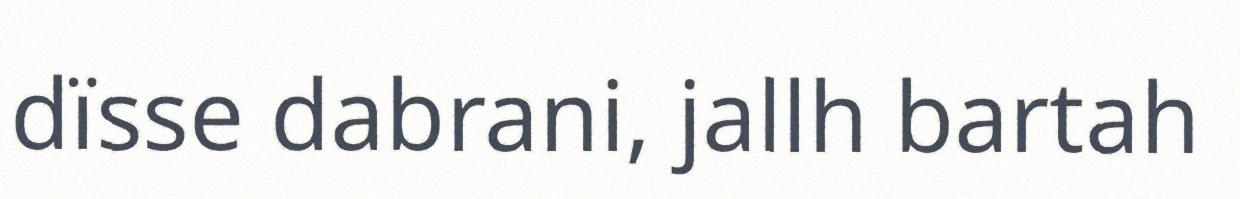
dïsse dabrani, jallh bartah